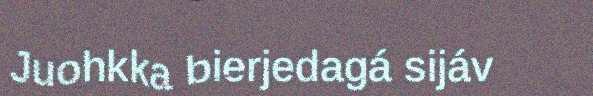
Juohkka bierjedagá sijáv